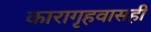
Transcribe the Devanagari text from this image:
कारागृहवासही